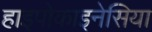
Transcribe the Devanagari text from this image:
हाइपोकाइनेसिया